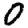
Digit: 0